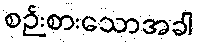
စဉ်းစားသောအခါ